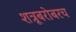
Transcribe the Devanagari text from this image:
शत्रूबरोबरच